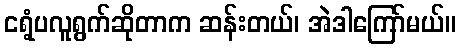
ငရံ့ပလူရွက်ဆိုတာက ဆန်းတယ်၊ အဲဒါကြော်မယ်။